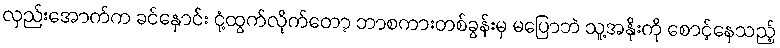
လှည်းအောက်က ခင်နှောင်း ငုံ့ထွက်လိုက်တော့ ဘာစကားတစ်ခွန်းမှ မပြောဘဲ သူ့အနိုးကို စောင့်နေသည့်